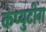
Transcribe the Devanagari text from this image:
कंप्युटींग